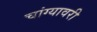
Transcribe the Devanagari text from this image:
चांग्यावरी